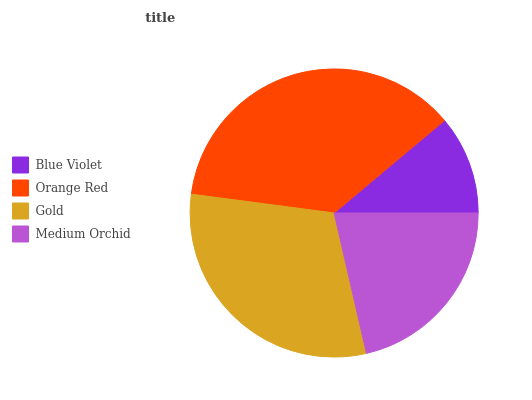
| Blue Violet | Orange Red | Gold | Medium Orchid |
 | --- | --- | --- | --- |
 | 11.1% | 36.8% | 30.7% | 21.3% |